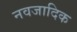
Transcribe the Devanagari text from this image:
नवजादिक